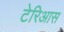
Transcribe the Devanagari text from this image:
टेरिआस